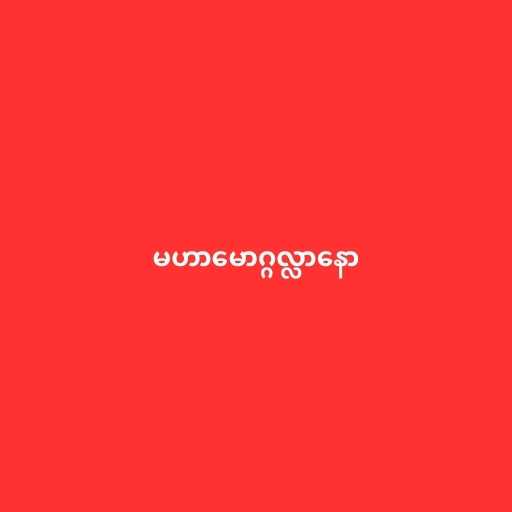
မဟာမောဂ္ဂလ္လာနော